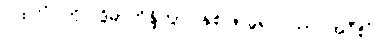
ပထဝိံ၊ ကို။ ဒွိဓာဘိန္ဒိတွာ၊ နှစ်ဖြာခွဲ၍။ ယာဝအဝီစိံ၊